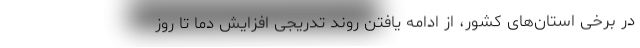
در برخی استان‌های کشور، از ادامه یافتن روند تدریجی افزایش دما تا روز